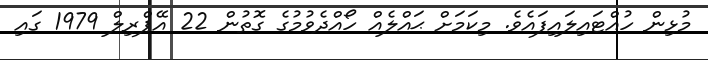
މުޅިން ހުއްޓައިލައިފައެވެ. މިކަމަށް ޙައްލެއް ހޯއްދެވުމުގެ ގޮތުން 22 އޭޕްރިލް 1979 ގައި